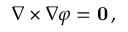
\nabla \times \nabla \varphi = \mathbf { 0 } \, ,